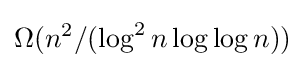
\Omega (n^{2}/(\log ^{2}n\log \log n))